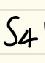
$S_4$